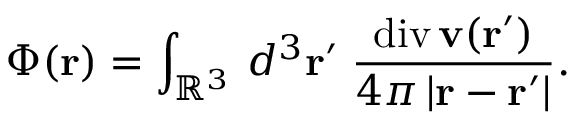
\Phi ( \mathbf { r } ) = \int _ { \mathbb { R } ^ { 3 } } \, d ^ { 3 } \mathbf { r } ^ { \prime } \; { \frac { \operatorname { d i v } \mathbf { v } ( \mathbf { r } ^ { \prime } ) } { 4 \pi \left| \mathbf { r } - \mathbf { r } ^ { \prime } \right| } } .